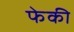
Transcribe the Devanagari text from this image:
फेकी